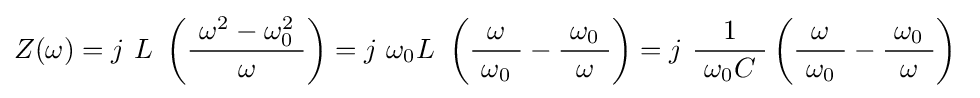
Z(\omega )=j\ L\ \left({\frac {\ \omega ^{2}-\omega _{0}^{2}\ }{\omega }}\right)=j\ \omega _{0}L\ \left({\frac {\omega }{\ \omega _{0}\ }}-{\frac {\ \omega _{0}\ }{\omega }}\right)=j\ {\frac {1}{\ \omega _{0}C\ }}\left({\frac {\omega }{\ \omega _{0}\ }}-{\frac {\ \omega _{0}\ }{\omega }}\right)\